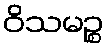
ဝိသမဉ္စ